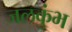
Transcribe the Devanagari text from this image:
जलकुंभ